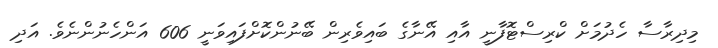
މިދިރާސާ ހެދުމަށް ކްރިސްޓޮފާނީ އާއި އޭނާގެ ބައިވެރިން ބޭނުންކޮށްފައިވަނީ 606 އަންހެނުންނެވެ. އަދި